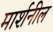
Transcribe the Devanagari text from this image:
मार्शनील